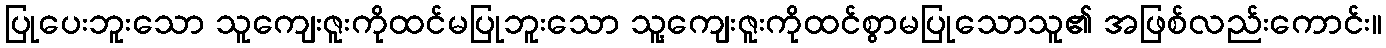
ပြုပေးဘူးသော သူကျေးဇူးကိုထင်မပြုဘူးသော သူ့ကျေးဇူးကိုထင်စွာမပြုသောသူ၏ အဖြစ်လည်းကောင်း။